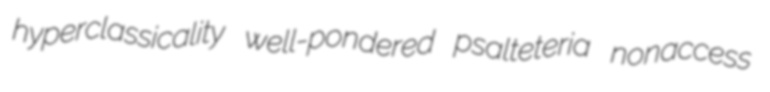
hyperclassicality well-pondered psalteteria nonaccess